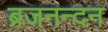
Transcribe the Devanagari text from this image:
ब्रजनन्दन